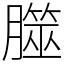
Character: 㭀